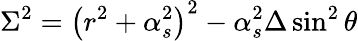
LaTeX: \Sigma^{2}=\left(r^{2}+\alpha_{s}^{2}\right)^{2}-\alpha_{s}^{2}\Delta\sin^{2}\theta